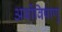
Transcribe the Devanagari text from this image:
अर्बोविषाणु